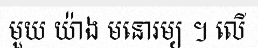
មួយ យ៉ាង មនោរម្យ ។ លើ